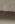
و